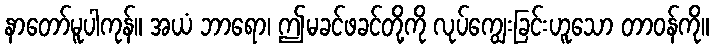
နာတော်မူပါကုန်။ အယံ ဘာရော၊ ဤမခင်ဖခင်တို့ကို လုပ်ကျွေးခြင်းဟူသော တာဝန်ကို။